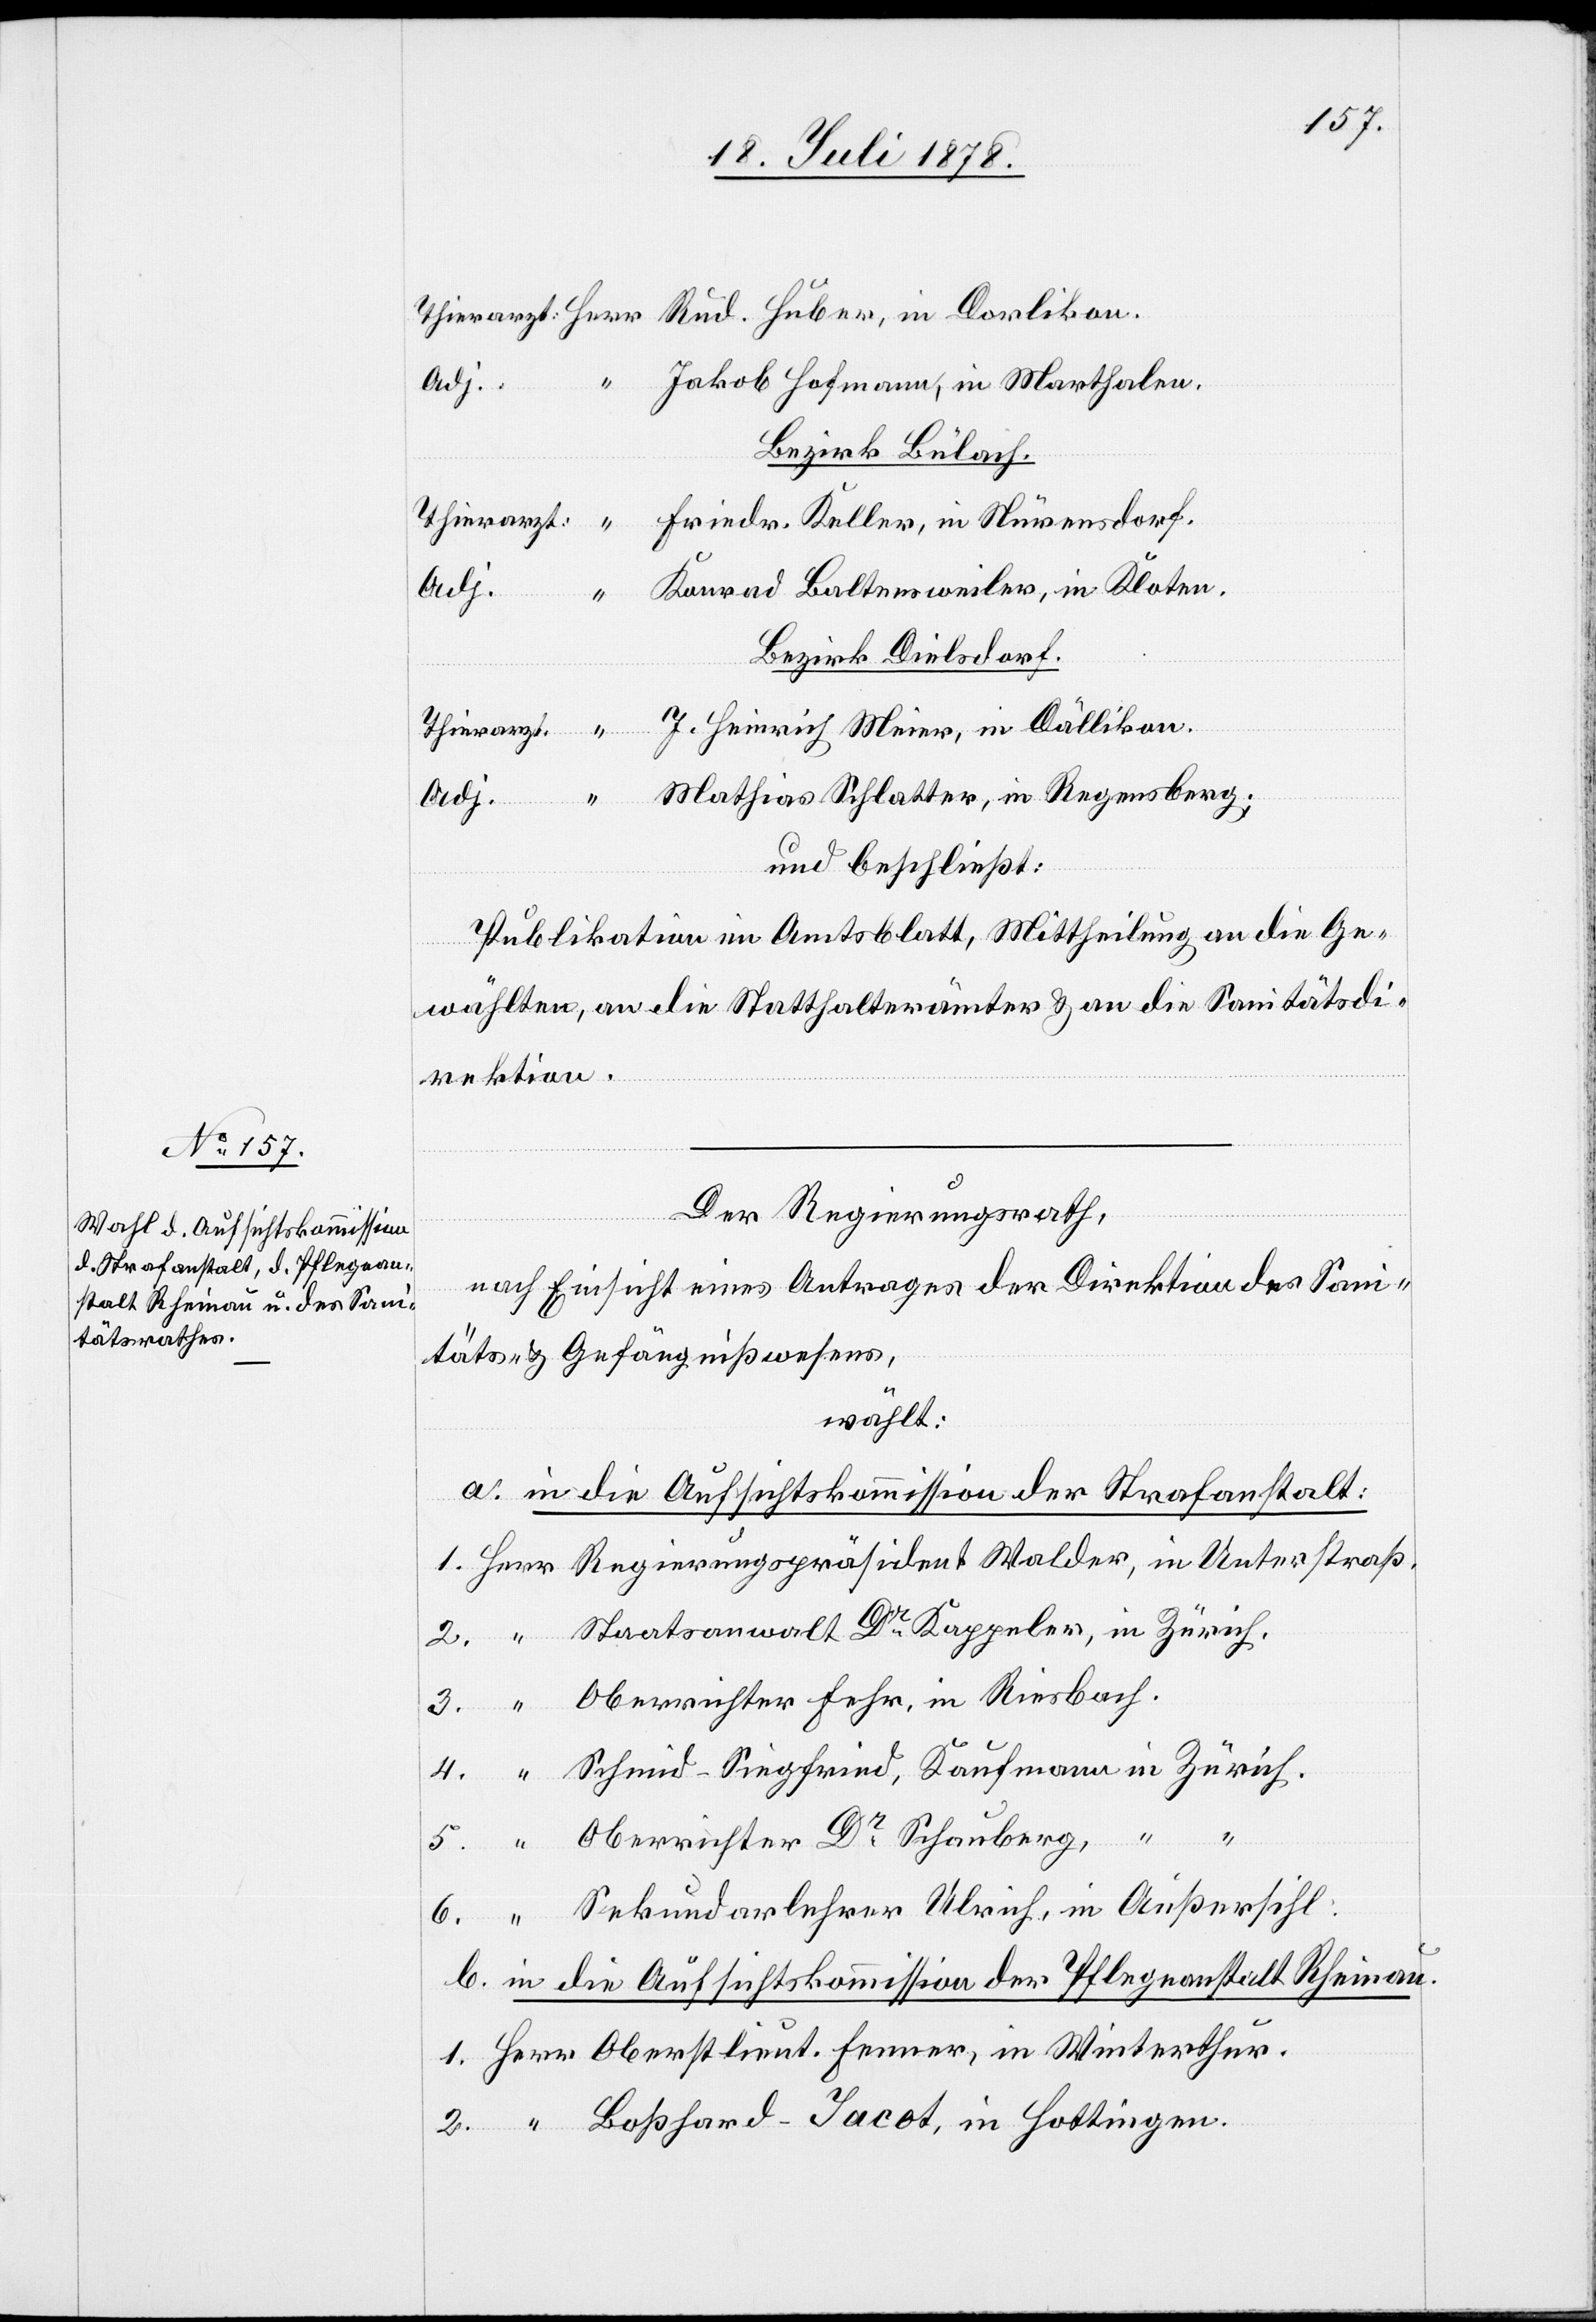
Thierarzt: Herr Rud. Huber, in Dorlikon.
Adj.:
Jakob Hofmann, in Marthalen.
Bezirk Bülach.
Thierarzt: “ Friedr. Keller, in Nürensdorf.
Adj. “ Konrad Baltensweiler, in Kloten.
Bezirk Dielsdorf.
Thierarzt: “ J. Heinrich Meier, in Dällikon.
Adj. “ Mathias Schlatter, in Regensberg;
und beschließt:
Publikation im Amtsblatt, Mittheilung an die Ge¬
wählten, an die Statthalterämter & an die Sanitätsdi¬
rektion.
Der Regierungsrath,
nach Einsicht eines Antrages der Direktion des Sani¬
täts- & Gefängnißwesens,
wählt:
a. in die Aufsichtskommission der Strafanstalt:
1. Herr Regierungspräsident Walder, in Unterstraß,
2. “ Staatsanwalt Dr Kappeler, in Zürich.
3. “ Oberrichter Fehr, in Riesbach.
4. “ Schmid-Siegfried, Kaufmann in Zürich.
5. “ Oberrichter Dr Schauberg,
6. “ Sekundarlehrer Ulrich, in Außersihl.
b. in die Aufsichtskommission der Pflegeanstalt Rheinau.
1. Herrn Oberstlieut. Fenner, in Winterthur.
2. “ Boßhard-Jacot, in Hottingen.